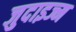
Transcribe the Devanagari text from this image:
जुदाइज्म